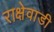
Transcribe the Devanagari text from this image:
राक्षेवाडी